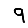
Digit: 9